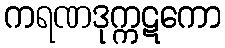
ကရဏဒုက္ကဋကော